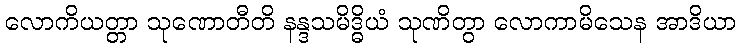
လောကိယတ္တာ သုဏောတီတိ နန္ဒသမိဒ္ဓိယံ သုဏိတွာ လောကာမိသေန အာဒိယာ